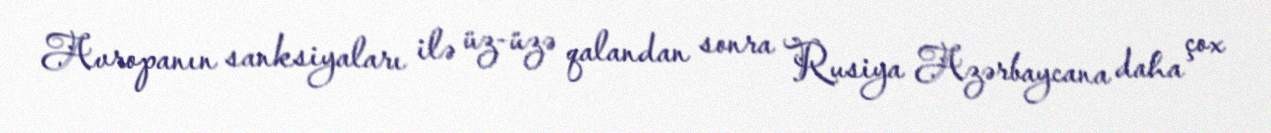
Avropanın sanksiyaları ilə üz-üzə qalandan sonra Rusiya Azərbaycana daha çox